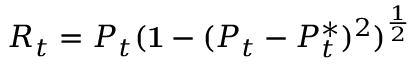
R _ { t } = P _ { t } ( { \bf 1 } - ( P _ { t } - P _ { t } ^ { * } ) ^ { 2 } ) ^ { \frac { 1 } { 2 } }